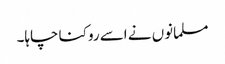
مسلمانوں نے اسے روکنا چاہا۔